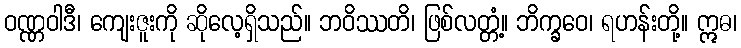
ဝဏ္ဏဝါဒီ၊ ကျေးဇူးကို ဆိုလေ့ရှိသည်။ ဘဝိဿတိ၊ ဖြစ်လတ္တံ့။ ဘိက္ခဝေ၊ ရဟန်းတို့။ ဣဓ၊